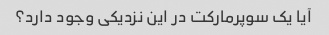
آیا یک سوپرمارکت در این نزدیکی وجود دارد؟